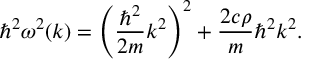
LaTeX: \hbar ^ { 2 } \omega ^ { 2 } ( k ) = \left( \displaystyle \frac { \hbar ^ { 2 } } { 2 m } k ^ { 2 } \right) ^ { 2 } + \frac { 2 c \rho } { m } \hbar ^ { 2 } k ^ { 2 } .